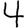
Digit: 4